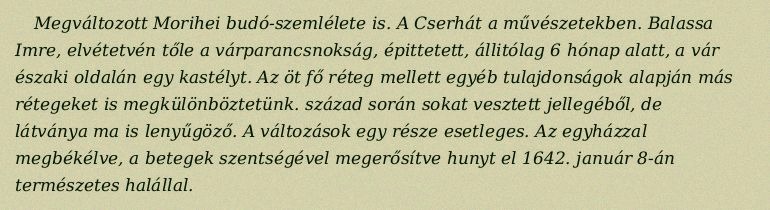
Megváltozott Morihei budó-szemlélete is. A Cserhát a művészetekben. Balassa Imre, elvétetvén tőle a várparancsnokság, épittetett, állitólag 6 hónap alatt, a vár északi oldalán egy kastélyt. Az öt fő réteg mellett egyéb tulajdonságok alapján más rétegeket is megkülönböztetünk. század során sokat vesztett jellegéből, de látványa ma is lenyűgöző. A változások egy része esetleges. Az egyházzal megbékélve, a betegek szentségével megerősítve hunyt el 1642. január 8-án természetes halállal.